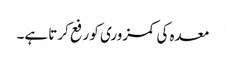
معدہ کی کمزوری کو رفع کرتا ہے۔